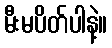
မီးမပိတ်ပါနဲ့။